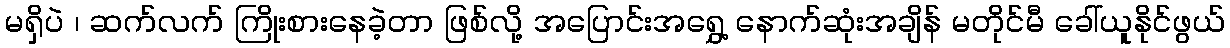
မရှိပဲ ၊ ဆက်လက် ကြိုးစားနေခဲ့တာ ဖြစ်လို့ အပြောင်းအရွှေ့ နောက်ဆုံးအချိန် မတိုင်မီ ခေါ်ယူနိုင်ဖွယ်